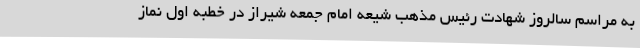
به مراسم سالروز شهادت رئیس مذهب شیعه امام جمعه شیراز در خطبه اول نماز